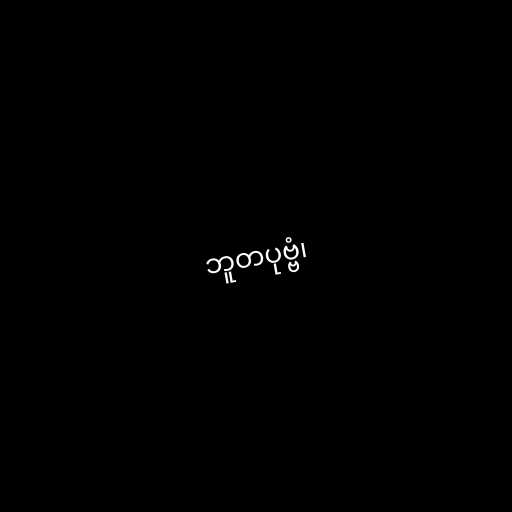
ဘူတပုဗ္ဗံ၊